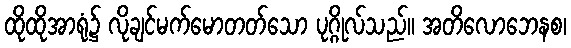
ထိုထိုအာရုံ၌ လိုချင်မက်မောတတ်သော ပုဂ္ဂိုလ်သည်။ အတိလောဘေနစ၊